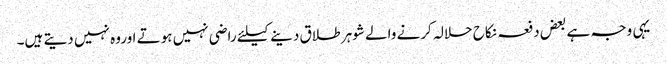
یہی وجہ ہے بعض دفعہ نکاح حلالہ کرنے والے شوہر طلاق دینے کیلئے راضی نہیں ہوتے اوروہ نہیں دیتے ہیں۔